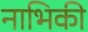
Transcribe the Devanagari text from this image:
नाभिकी